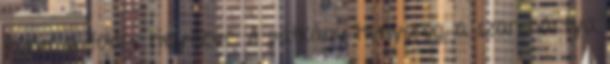
illetve a földre helyezve. A patkány hunyorog, a szaruhártya